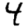
Digit: 4